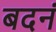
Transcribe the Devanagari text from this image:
बदनं